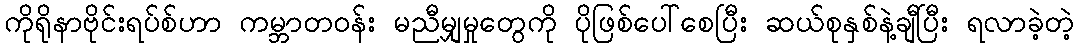
ကိုရိုနာဗိုင်းရပ်စ်ဟာ ကမ္ဘာတဝန်း မညီမျှမှုတွေကို ပိုဖြစ်ပေါ်စေပြီး ဆယ်စုနှစ်နဲ့ချီပြီး ရလာခဲ့တဲ့